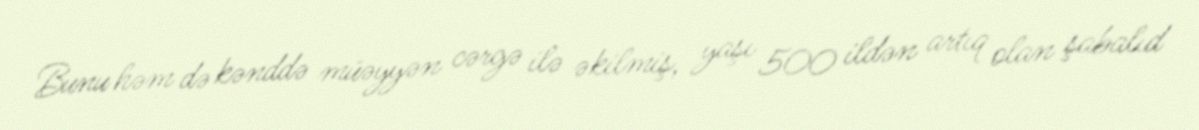
Bunu həm də kənddə müəyyən cərgə ilə əkilmiş, yaşı 500 ildən artıq olan şabalıd